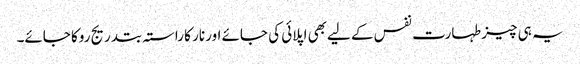
یہ ہی چیز طہارت نفس کے لیےبھی اپلائی کی جائے اور نار کا راستہ بتدریج روکا جائے۔